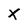
Character: X